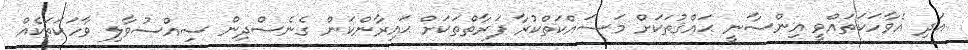
އަދި އެވާހަކަތައްވީ އިންސާނީ ޙައްޤުތަކަށް މަސައްކަތްކުރާ ފަރާތްތަކަށް ޙައިރާންކަން ގެނެސްދިން ސިއްސުވާލި ވާހަކަތަކެއް